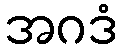
အဂဒံ